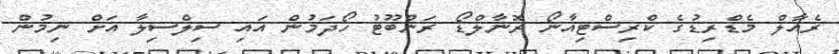
ރެއާލް މެޑްރިޑުގެ ކްރިސްޓިއާނޯ ރޮނާލްޑޯ ރަންބޫޓު ހޯދަމުން އައި ސިލްސިލާ އަށް ނިމުން